Report on sanitation, dispensaries, and jails in Rajputana for 1920, and on vaccination for the year 1920-1921 - 1920-1921
Year: 1920
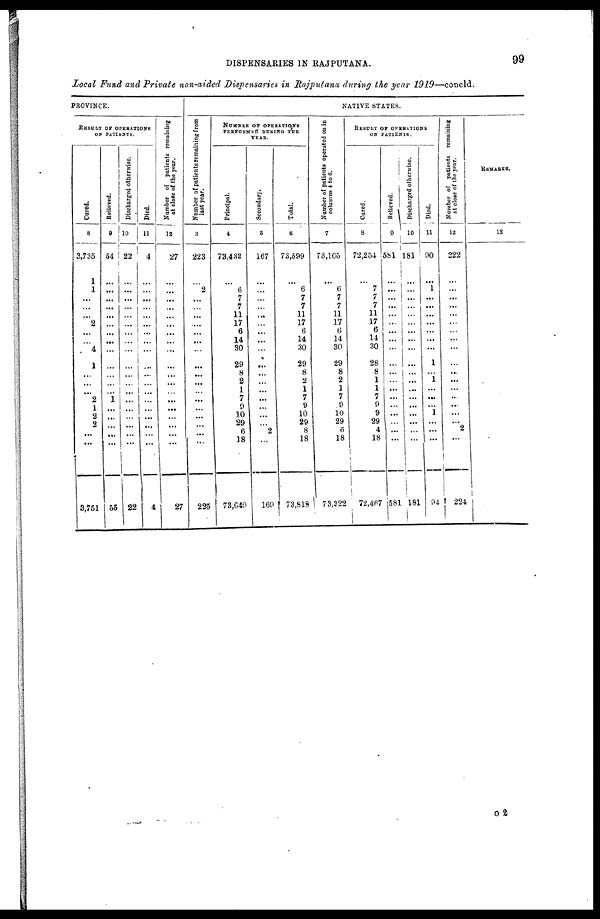
DISPENSARIES IN RAJPUTANA.
99
Local Fund and Private non-aided Dispensaries in Rajputana during the year 1919—concld.
PROVINCE.
RESULT OF OPERATIONS
ON PATIENTS.
Cured.
8
3,735
1
1
...
...
...
2
...
...
4
1
...
...
...
2
1
2
2
...
...
3,751
Relieved.
9
54
...
...
...
...
...
...
...
...
...
...
...
...
...
1
...
...
...
...
...
55
Discharged otherwise.
10
22
...
...
...
...
...
...
...
... ...
...
...
...
...
...
...
...
...
...
...
22
Died.
11
4
...
...
...
...
...
...
...
...
...
...
...
...
...
...
...
...
...
...
...
4
Number of patients remaining
at close of the year.
12
27
...
...
...
...
...
...
...
...
...
...
...
...
...
...
...
...
...
...
...
27
NATIVE STATES.
Number of patients remaining from
last year.
3
223
...
2
...
...
...
...
...
...
...
...
...
...
...
...
...
...
...
...
...
225
NUMBER OF OPERATIONS
PERFORMED DURING THE
YEAR.
Principal.
4
73,432
...
6
7
7
11
17
6
14
30
29
8
2
1
7
9
10
29
6
18
73,649
Secondary.
5
167
...
...
...
...
...
...
...
...
...
...
...
...
...
...
...
...
...
2
...
169
Total.
6
73,599
...
6
7
7
11
17
6
14
30
29
8
2
1
7
9
10
29
8
18
73,818
Number of patients operated on in
columns 4 to 6.
7
73,105
...
6
7
7
11
17
6
14
30
29
8
2
1
7
9
10
29
6
18
73,322
RESULT OF OPERATIONS
ON PATIENTS.
Cured.
8
72,254
...
7
7
7
11
17
6
14
30
28
8
1
1
7
9
9
29
4
18
72,467
Relieved.
9
581
...
...
...
...
...
...
...
...
...
...
...
...
...
...
...
...
...
...
...
581
Discharged otherwise.
10
181
...
...
...
...
...
...
...
...
...
...
...
...
...
...
...
...
...
...
...
181
Died.
11
90
...
1
...
...
...
...
...
...
...
1
...
1
...
...
... 1
...
...
...
94
Number of patients remaining
at close of the year.
12
222
...
...
...
...
...
...
...
...
...
...
...
...
...
...
...
...
...
2
...
224
REMARKS.
13
O 2